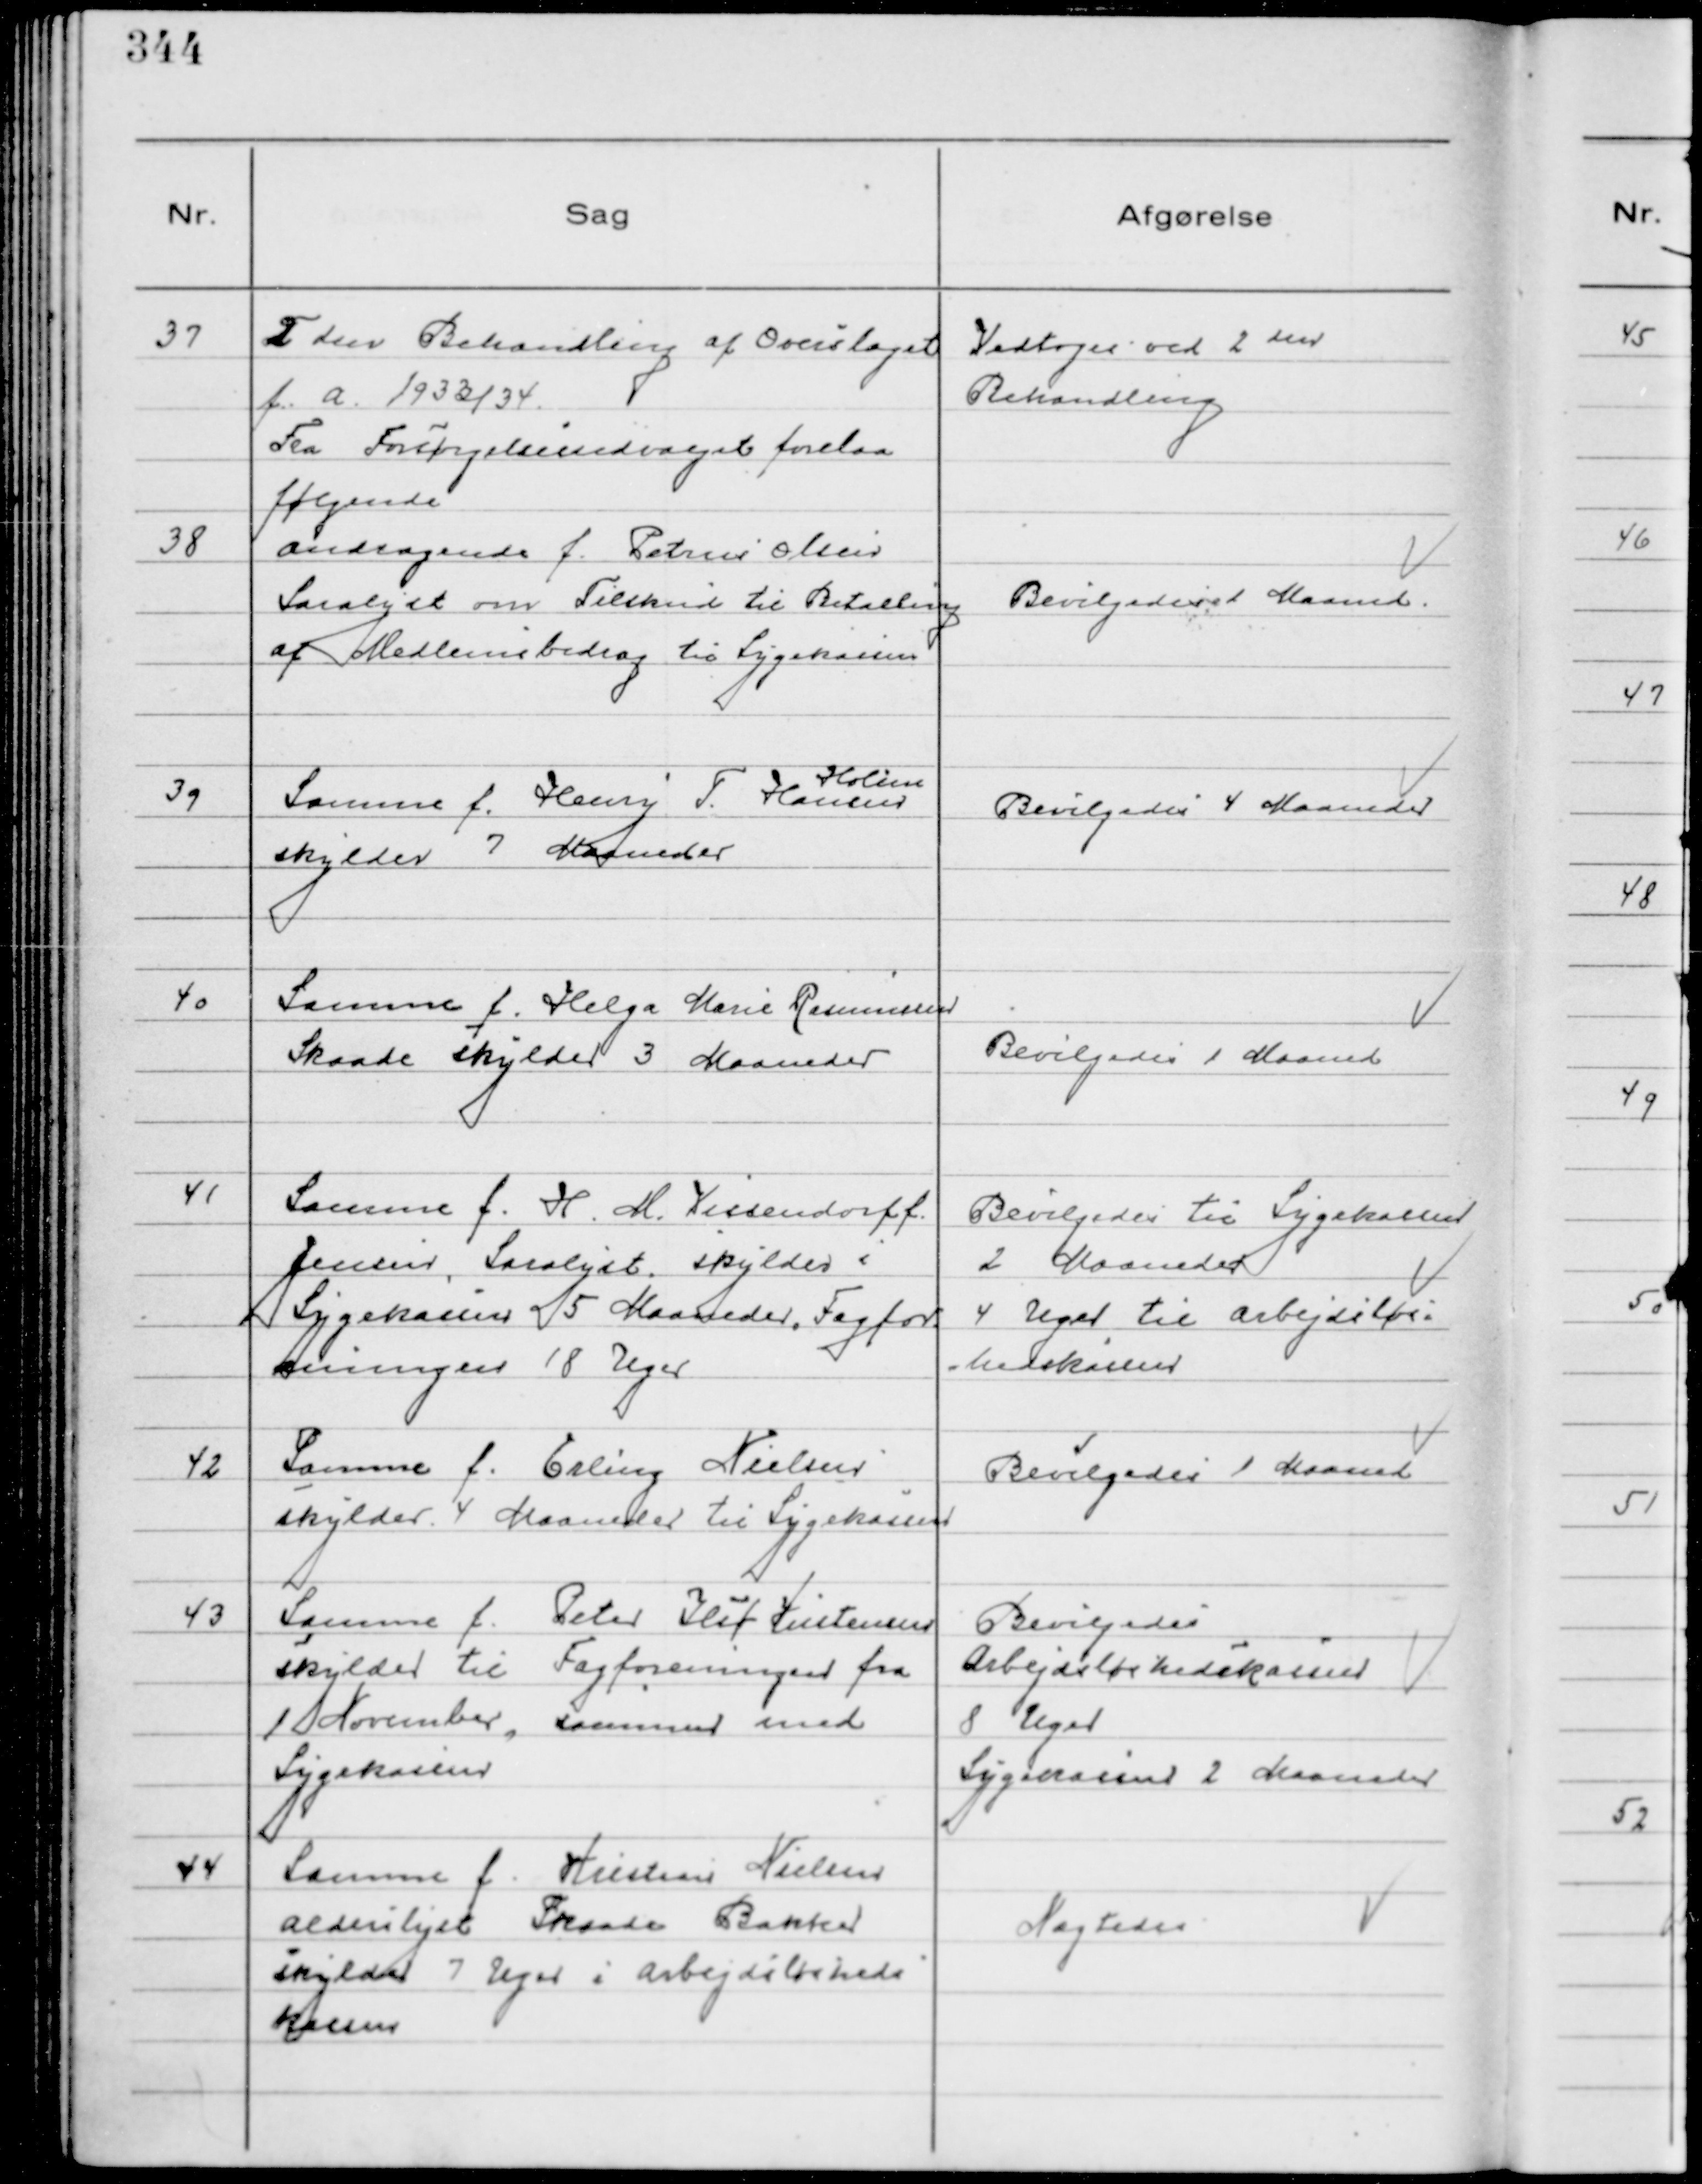
Transskription:
37
2den Behandling af Overslaget
f.a. 1933/34

Vedtoges ved 2den
Behandling

Fra Forsørgelsesudvalget forelaa
følgende

38
Andragende f. Petrus Olsen
Saralyst om Tilskud til Betaling
af Medlemsbidrag til Sygekassen

Bevilgedes 1 Maaned

39
Samme f. Henry T Hansen
Holme
skylder 7 Maaneder

Bevilgedes 4 Maaneder

40
Samme f. Helga Marie Rasmussen
Skaade skylder 3 Maaneder

Bevilgedes 1 Maaned

41
Samme f. H. M. Vissendorff
Jensen, Saralyst, skylder i
Sygekassen 5 Maaneder. Fagfor
eningen 18 Uger

Bevilgedes til Sygekassen
2 Maaneder
4 Uger til Arbejdsløs-
hedskassen

42
Samme f. Erling Nielsen
skylder 4 Maaneder til Sygekassen

Bevilgedes 1 Maaned

43
Samme f. Peter Ilif Kristensen
skylder til Fagforeningen fra
1 November, sammen med
Sygekassen

Bevilgedes
Arbejdsløshedskassen
8 Uger
Sygekassen 2 Maaneder

44
Samme f. Kristian Nielsen
Alderslyst Skaade Bakker
skylder 7 Uger i Arbejdsløsheds
kassen

Nægtedes